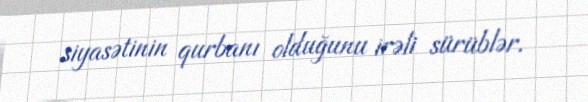
siyasətinin qurbanı olduğunu irəli sürüblər.